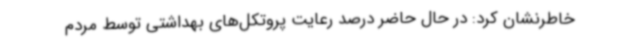
خاطرنشان کرد: در حال حاضر درصد رعایت پروتکل‌های بهداشتی توسط مردم